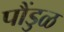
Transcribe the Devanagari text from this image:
पौंडुळ